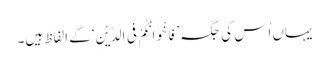
یہاں اُس کی جگہ ’فَاِخْوَانُکُمْ فِی الدِّیْنِ‘ کے الفاظ ہیں۔